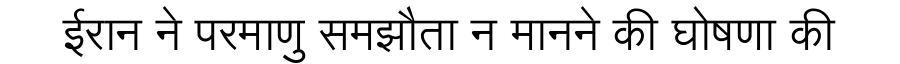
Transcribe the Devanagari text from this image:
ईरान ने परमाणु समझौता न मानने की घोषणा की